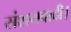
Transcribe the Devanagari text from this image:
संशयवादी।